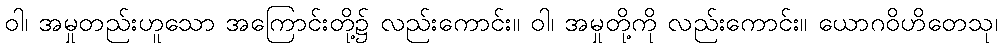
ဝါ၊ အမှုတည်းဟူသော အကြောင်းတို့၌ လည်းကောင်း။ ဝါ၊ အမှုတို့ကို လည်းကောင်း။ ယောဂဝိဟိတေသု၊